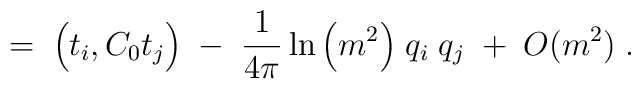
= \;\Big(t_i,C_0 t_j \Big) \; - \;\frac{1}{4\pi} \ln\Big(m^2 \Big) \; q_i \; q_j \; + \; O(m^2)\; .